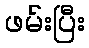
ဖမ်းပြီး